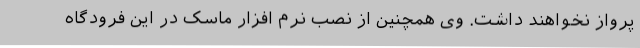
پرواز نخواهند داشت. وی همچنین از نصب نرم افزار ماسک در این فرودگاه